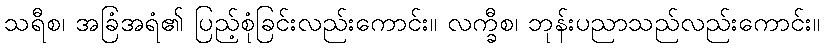
သရီစ၊ အခြံအရံ၏ ပြည့်စုံခြင်းလည်းကောင်း။ လက္ခီစ၊ ဘုန်းပညာသည်လည်းကောင်း။